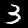
Label: 3